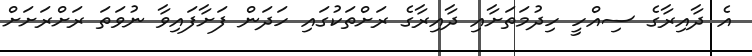
އެ ދާއިރާގެ ސިއްހީ ހިދުމަތަށާއި ދާއިރާގެ ރަށްތަކުގައި ހަދަން ފަށާފައިވާ ނުވަތަ ރަށްރަށަށް